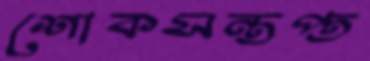
শোকসন্তপ্ত